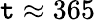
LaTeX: \mathtt{t}\approx365